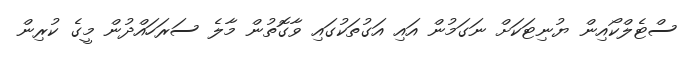
ސްޓެލްކޯއިން ޔުނިޓަކަށް ނަގަމުން އައި އަގުތަކުގައި ވާގޮތުން މާލެ ސަރަހައްދުން މީގެ ކުރިން